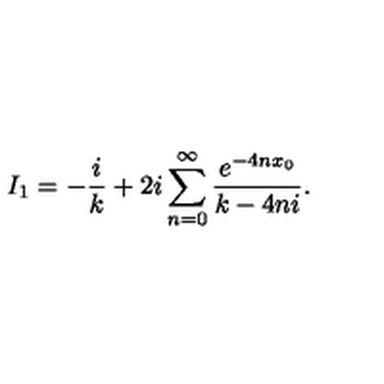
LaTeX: I _ { 1 } = - \frac { i } { k } + 2 i \sum _ { n = 0 } ^ { \infty } \frac { e ^ { - 4 n x _ { 0 } } } { k - 4 n i } .